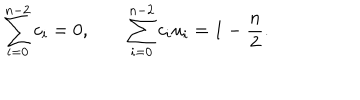
\sum _ { i = 0 } ^ { n - 2 } c _ { i } = 0 , \qquad \sum _ { i = 0 } ^ { n - 2 } c _ { i } u _ { i } = 1 - { \frac { n } { 2 } } .